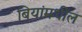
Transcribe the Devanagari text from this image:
बियांमधील